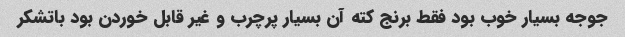
جوجه بسیار خوب بود فقط برنج کته آن بسیار پرچرب و غیر قابل خوردن بود باتشکر